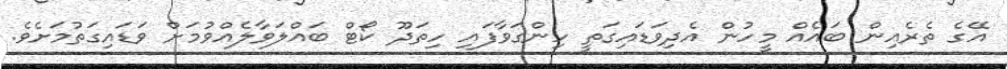
އޭގެ ތެރެއިން ބައެއް މީހުން އެދިވަޑައިގަތީ ހިންގަވާފައި ހިތަދޫ ކޯޓް ބައްލަވާލެއްވުމަށް ވަޑައިގަތުމަށެވެ.